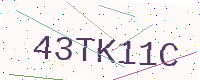
Text: 43TK11C